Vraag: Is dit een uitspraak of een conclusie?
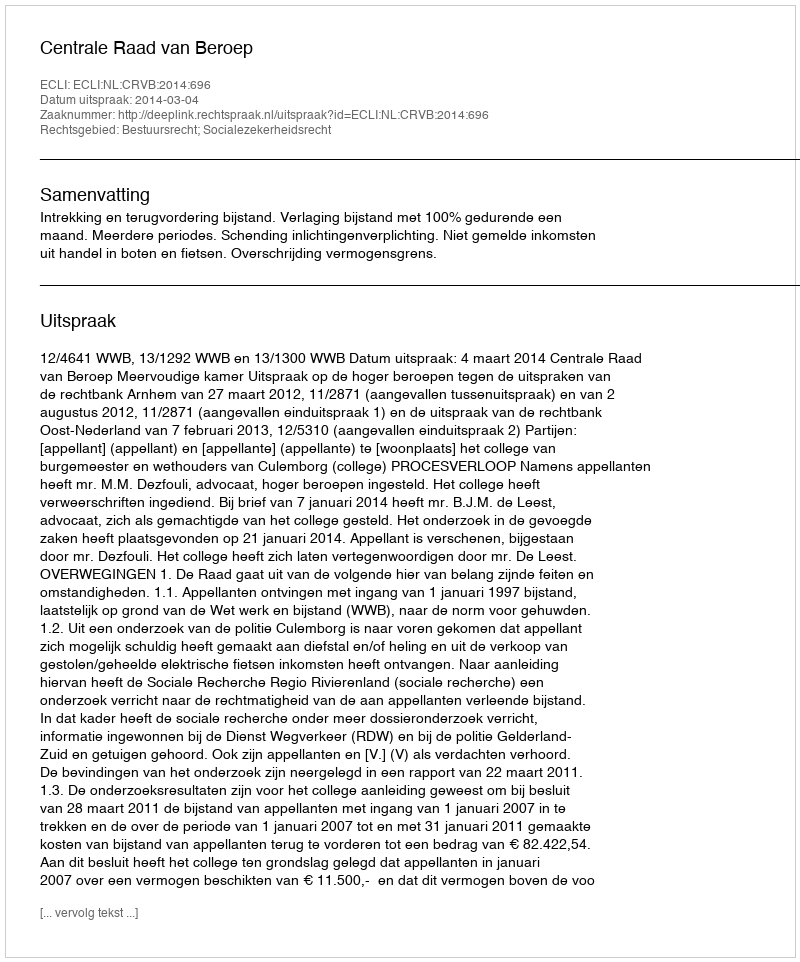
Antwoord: Uitspraak